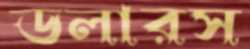
ডলারস